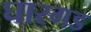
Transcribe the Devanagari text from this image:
घारगड